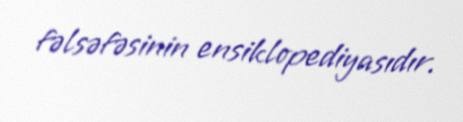
fəlsəfəsinin ensiklopediyasıdır.